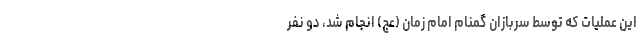
این عملیات که توسط سربازان گمنام امام زمان (عج) انجام شد، دو نفر